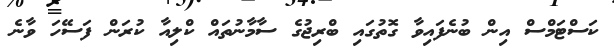
ކަސްޓަމްސް އިން ބުނެފައިވާ ގޮތުގައި ބްރިޖުގެ ސާމާނުތައް ކްލިއާ ކުރަން ފަސޭހަ ވާނެ